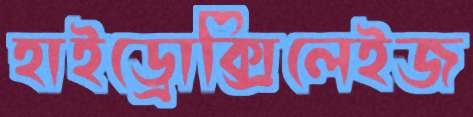
হাইড্রোক্সিলেইজ